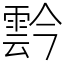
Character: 霒